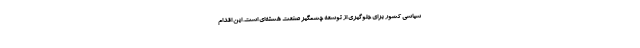
سیاسی کشور برای جلوگیری از توسعه چشمگیر صنعت هسته‌ای است. این اقدام